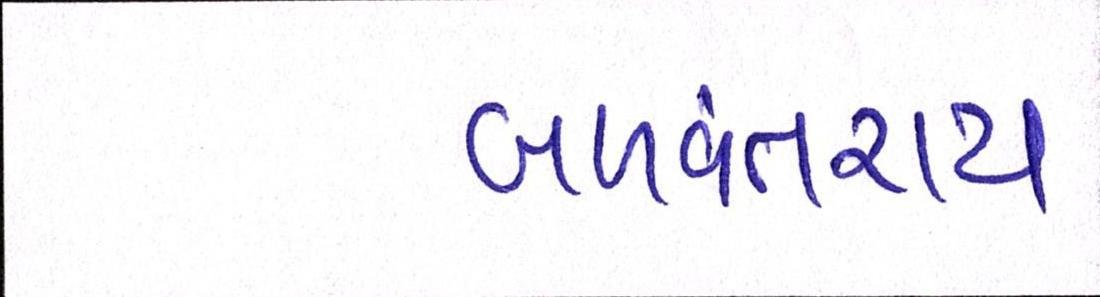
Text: બળવંતરાય